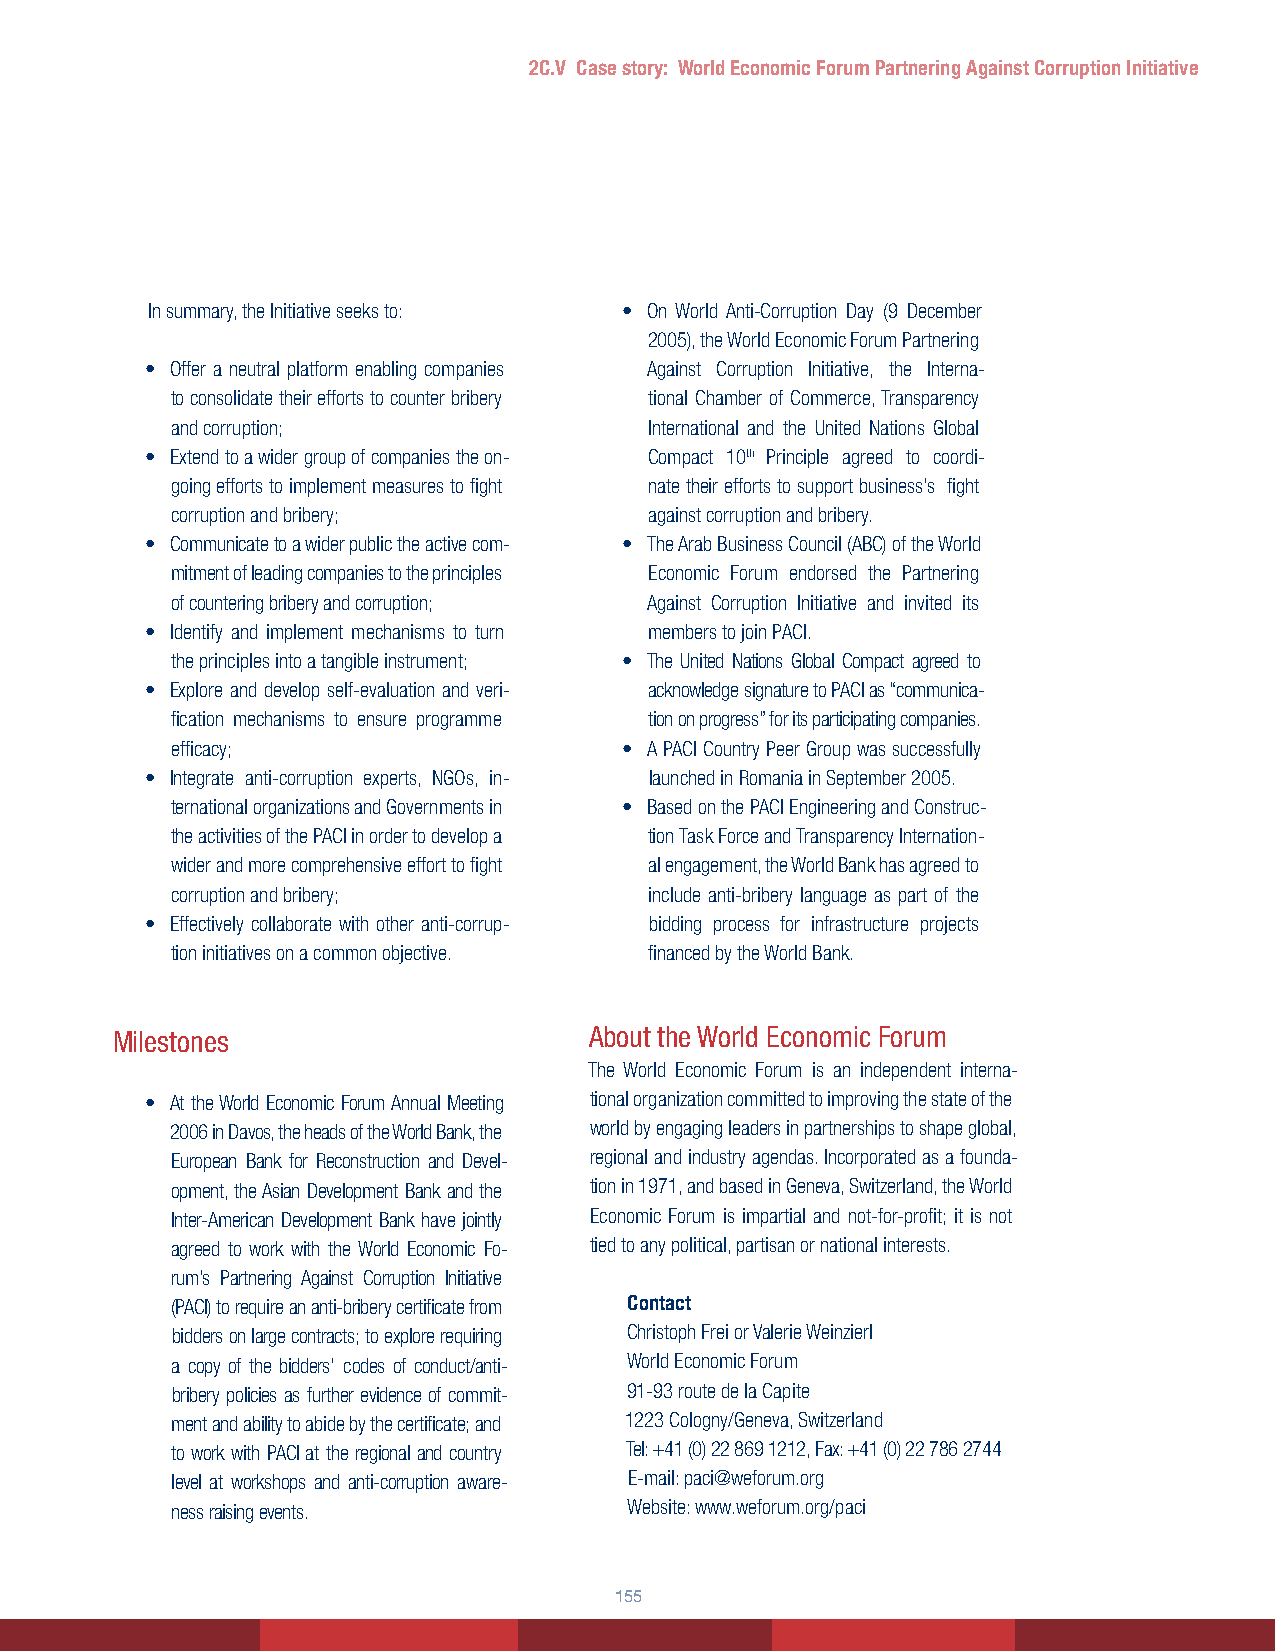
2C.V Case story: World Economic Forum Partnering Against Corruption Initiative
 In summary, the Initiative seeks to: • On World Anti-Corruption Day (9 December
 2005), the World Economic Forum Partnering
 • Offer a neutral platform enabling companies Against Corruption Initiative, the Interna-
 to consolidate their efforts to counter bribery tional Chamber of Commerce, Transparency
 and corruption;                 International and the United Nations Global
 • Extend to a wider group of companies the on- Compact 10th Principle agreed to coordi-
 going efforts to implement measures to fight nate their efforts to support business’s fight
 corruption and bribery;         against corruption and bribery.
 • Communicate to a wider public the active com- • The Arab Business Council (ABC) of the World
 mitment of leading companies to the principles Economic Forum endorsed the Partnering
 of countering bribery and corruption; Against Corruption Initiative and invited its
 • Identify and implement mechanisms to turn members to join PACI.
 the principles into a tangible instrument; • The United Nations Global Compact agreed to
 • Explore and develop self-evaluation and veri- acknowledge signature to PACI as “communica-
 fication mechanisms to ensure programme tion on progress” for its participating companies.
 efficacy;                     • A PACI Country Peer Group was successfully
 • Integrate anti-corruption experts, NGOs, in- launched in Romania in September 2005.
 ternational organizations and Governments in • Based on the PACI Engineering and Construc-
 the activities of the PACI in order to develop a tion Task Force and Transparency Internation-
 wider and more comprehensive effort to fight al engagement, the World Bank has agreed to
 corruption and bribery;         include anti-bribery language as part of the
 • Effectively collaborate with other anti-corrup- bidding process for infrastructure projects
 tion initiatives on a common objective. financed by the World Bank.
 Milestones                      About the World Economic Forum
 The World Economic Forum is an independent interna-
 • At the World Economic Forum Annual Meeting tional organization committed to improving the state of the
 2006 in Davos, the heads of the World Bank, the world by engaging leaders in partnerships to shape global,
 European Bank for Reconstruction and Devel- regional and industry agendas. Incorporated as a founda-
 opment, the Asian Development Bank and the tion in 1971, and based in Geneva, Switzerland, the World
 Inter-American Development Bank have jointly Economic Forum is impartial and not-for-profit; it is not
 agreed to work with the World Economic Fo- tied to any political, partisan or national interests.
 rum’s Partnering Against Corruption Initiative
 (PACI) to require an anti-bribery certificate from Contact
 bidders on large contracts; to explore requiring Christoph Frei or Valerie Weinzierl
 a copy of the bidders’ codes of conduct/anti- World Economic Forum
 bribery policies as further evidence of commit- 91-93 route de la Capite
 ment and ability to abide by the certificate; and 1223 Cologny/Geneva, Switzerland
 to work with PACI at the regional and country Tel: +41 (0) 22 869 1212, Fax: +41 (0) 22 786 2744
 level at workshops and anti-corruption aware- E-mail: paci@weforum.org
 ness raising events.           Website: www.weforum.org/paci
 155